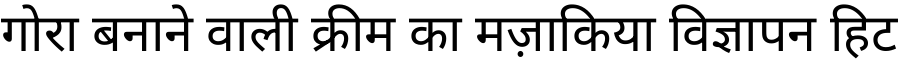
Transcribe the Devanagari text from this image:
गोरा बनाने वाली क्रीम का मज़ाकिया विज्ञापन हिट